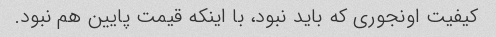
کیفیت اونجوری که باید نبود، با اینکه قیمت پایین هم نبود.